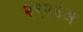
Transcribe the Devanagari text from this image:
२९२६अ